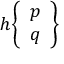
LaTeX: h { \left\{ \begin{array} { l } { p } \\ { q } \end{array} \right\} }